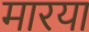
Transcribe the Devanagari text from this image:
मारया